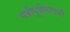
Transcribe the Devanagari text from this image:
पत्रीपूजेमागची